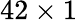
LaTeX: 42\times 1